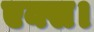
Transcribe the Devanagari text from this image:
एक्स।